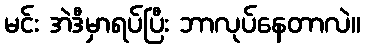
မင်း အဲဒီမှာရပ်ပြီး ဘာလုပ်နေတာလဲ။